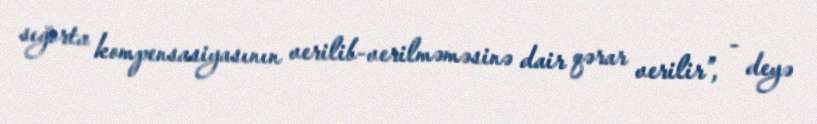
sığorta kompensasiyasının verilib-verilməməsinə dair qərar verilir”, - deyə